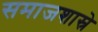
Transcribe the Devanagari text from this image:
समाजशास्रे